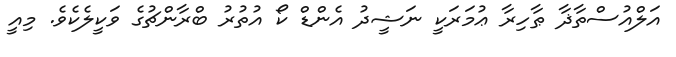
އަލްއުސްތާޛާ ޠާހިރާ ޢުމަރަކީ ނަޝީދު އެންޑް ކޯ އުތުރު ބްރާންޗުގެ ވަކީލެކެވެ. މިއީ